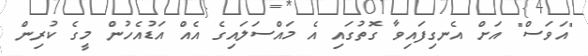
"އަވަސް" އަށް އެނގިފައިވާ ގޮތުގައި އެ މައްސަލައިގެ އެއް އަޑުއެހުން މީގެ ކުރިން